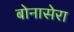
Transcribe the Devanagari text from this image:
बोनासेरा